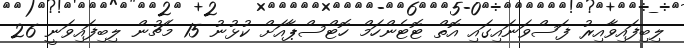
ލިބިފައިވާއިރު ފަސްވަނައިގައި އޮތް ޓޮޓެންހަމް ހޮޓްސްޕާއަށް ކުޅުނު 15 މެޗުން ލިބިފައިވަނީ 26